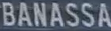
BANASSA